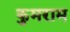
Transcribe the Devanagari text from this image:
कुमराम